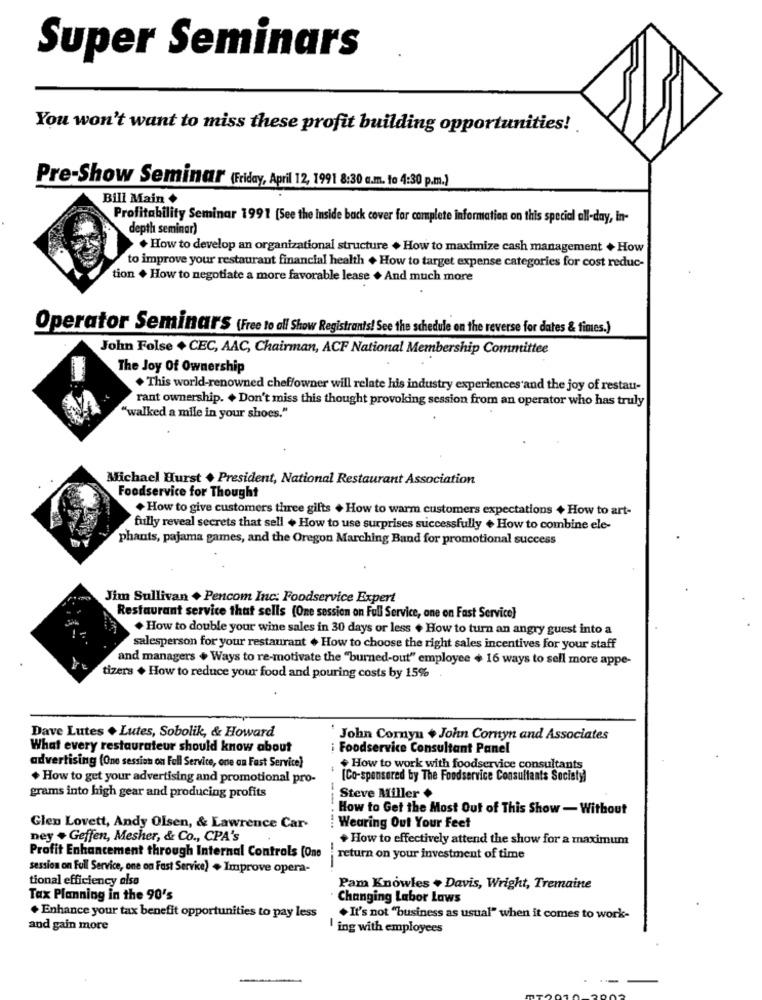
Super Seminars
You won't want to miss these profit building opportunities!
Pre-Show Seminar (Friday, April 12, 1991 8:30 a.m. to 4:30 p.m.)
Bill Main +
Profitability Seminar 1991 [See the inside back cover for complete information on this special all-day, In-
depth seminar)
+ How to develop an organizational structure . How to maximize cash management + How
to improve your restaurant financial health + How to target expense categories for cost reduc-
tion + How to negotiate a more favorable lease + And much more
Operator Seminar's (Free to all Show Registrants! See the schedule on the reverse for dates & times.)
John Folse + CEC, AAC, Chairman, ACF National Membership Committee
The Joy Of Ownership
. This world-renowned chef/owner will relate his industry experiences and the joy of restau-
rant ownership. + Don't miss this thought provoking session from an operator who has truly
"walked a mile in your shoes."
Michael Hurst + President, National Restaurant Association
Foodservice for Thought
+ How to give customers three gifts + How to warm customers expectations + How to art-
fully reveal secrets that sell + How to use surprises successfully + How to combine ele-
phants, pajama games, and the Oregon Marching Band for promotional success
Jim Sullivan + Pencom Inc: Foodservice Expert
Restaurant service that sells (One session on Full Service, one on Fast Service]
. How to double your wine sales in 30 days or less + How to turn an angry guest into a
salesperson for your restaurant . How to choose the right sales incentives for your staff
and managers + Ways to re-motivate the "burned-out" employee + 16 ways to sell more appe-
tizers + How to reduce your food and pouring costs by 15%
Dave Lutes + Lutes, Sobolik, & Howard
John Cornyn + John Cornyn and Associates
What every restaurateur should know about
i Foodservice Consultant Panel
advertising (One session on Full Service, one an Fast Service)
+ How to work with foodservice consultants
+ How to get your advertising and promotional pro-
[Co-sponsored by The Foodservice Consultants Society)
grams into high gear and producing profits
Steve Miller +
How to Get the Most Out of This Show - Without
Glen Lovett, Andy Olsen, & Lawrence Car-
--- --...
Wearing Out Your Feet
ney . Geffen, Mesher, & Co ., CPA's
+ How to effectively attend the show for a maximum
Profit Enhancement through Internal Controls (One
return on your investment of time
--
session on Full Service, one on Fast Service) . Improve opera-
tional efficiency also
Pam Knowles . Davis, Wright, Tremaine
Tax Planning in the 90's
Changing Labor Laws
+ Enhance your tax benefit opportunities to pay less
. It's not "business as usual" when it comes to work-
and gain more
I ing with employees